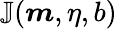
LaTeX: \mathbb{J}(\boldsymbol{m},\eta,b)